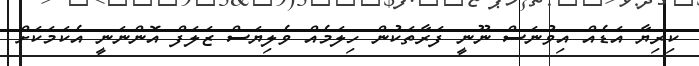
ކިރިޔާ އަޑެއް އިވުނަސް ނޫނީ ފަރާތަކުން ހިލަމެއް ވެލިޔަސް ޒަލަފް އޮންނަނީ އެކަމަކަށް